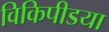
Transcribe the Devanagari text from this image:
विकिपीडया